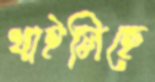
খাইলিছে